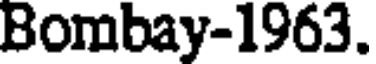
Bombay-1963.